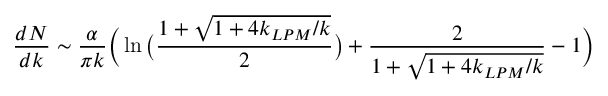
{ \frac { d N } { d k } } \sim { \frac { \alpha } { \pi k } } \bigg ( \ln { \big ( { \frac { 1 + \sqrt { 1 + 4 k _ { L P M } / k } } { 2 } } \big ) } + { \frac { 2 } { 1 + \sqrt { 1 + 4 k _ { L P M } / k } } } - 1 \bigg )